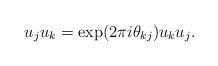
LaTeX: \begin{align*} u_j u_k = \exp(2\pi i \theta_{kj}) u_k u_j.\end{align*}